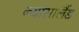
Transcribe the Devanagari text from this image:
न्यासालैंड